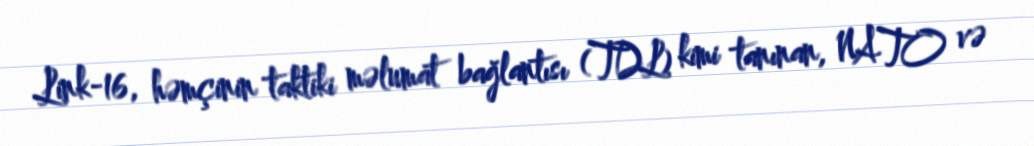
Link-16, həmçinin taktiki məlumat bağlantısı (TDL) kimi tanınan, NATO və